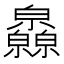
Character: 𤿁